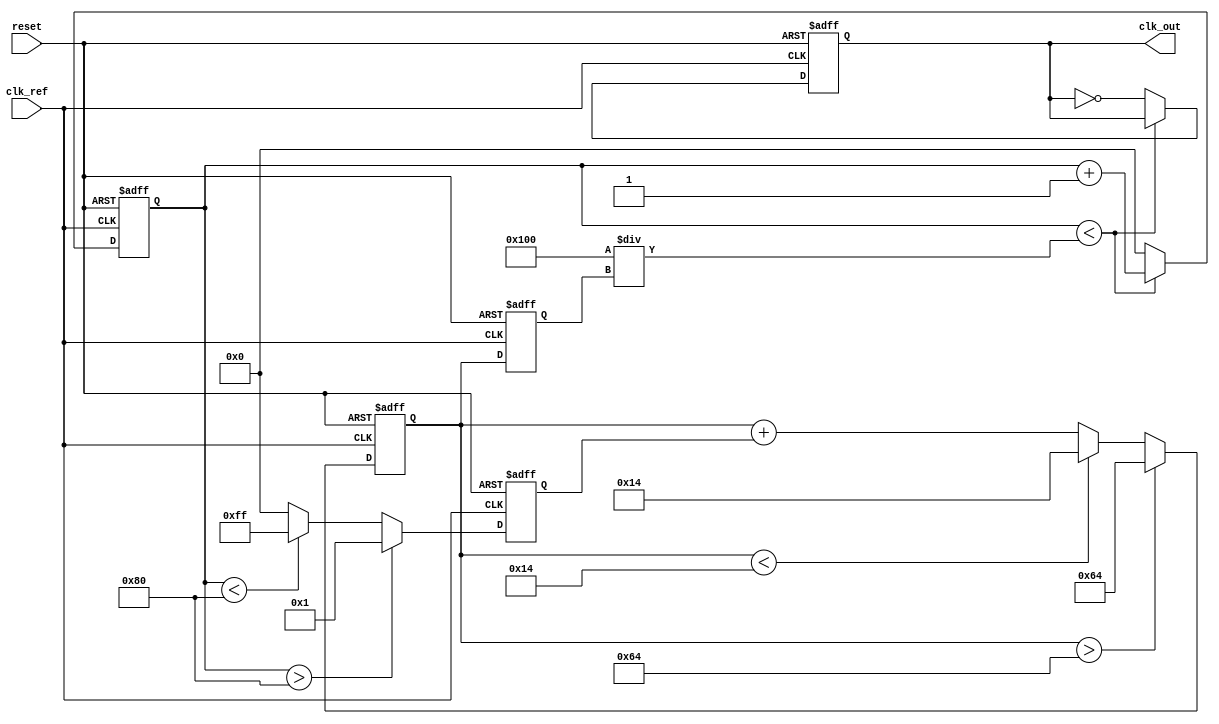
module memory_blocks_linear_PLL (
    input wire clk_ref,      // Reference clock input
    input wire reset,        // Active high reset signal
    output reg clk_out       // Output generated clock
);

// Parameters
parameter [7:0] VCO_MAX_FREQ = 8'd100;  // Example max frequency setting for VCO
parameter [7:0] VCO_MIN_FREQ = 8'd20;    // Example min frequency setting for VCO
parameter PHASE_ERR_WIDTH = 8;            // Width for phase error signal
parameter CONTROL_WIDTH = 8;               // Width for control voltage

// Internal signals
reg [PHASE_ERR_WIDTH-1:0] phase_error;    // Phase error signal
reg [CONTROL_WIDTH-1:0] control_voltage;   // Control voltage from loop filter
reg [7:0] vco_frequency;                    // Frequency of the VCO
reg [15:0] memory_block;                    // Memory to hold previous states
reg [7:0] vco_count;                        // Counter for VCO frequency generation

// Phase Detector
always @(posedge clk_ref or posedge reset) begin
    if (reset) begin
        phase_error <= 0;
    end else begin
        // Simple phase detection logic (could be more complex)
        phase_error <= (vco_count > 128) ? 8'd1 : (vco_count < 128) ? -8'd1 : 0;
    end
end

// Loop Filter (Simple Integrator)
always @(posedge clk_ref or posedge reset) begin
    if (reset) begin
        control_voltage <= 0;
    end else begin
        // A simple loop filter updating control voltage based on phase error
        control_voltage <= control_voltage + phase_error;
        // Clamp control voltage to prevent overflow
        if (control_voltage > VCO_MAX_FREQ)
            control_voltage <= VCO_MAX_FREQ;
        else if (control_voltage < VCO_MIN_FREQ)
            control_voltage <= VCO_MIN_FREQ;
    end
end

// Voltage-Controlled Oscillator (VCO)
always @(posedge clk_ref or posedge reset) begin
    if (reset) begin
        vco_frequency <= VCO_MIN_FREQ;
        clk_out <= 0;
        vco_count <= 0;
    end else begin
        // Update VCO frequency based on control voltage
        vco_frequency <= control_voltage;

        // Generate output clock based on VCO frequency
        if (vco_count < (256 / vco_frequency)) begin
            vco_count <= vco_count + 1;
        end else begin
            clk_out <= ~clk_out; // Toggle output clock
            vco_count <= 0;      // Reset count
        end
    end
end

// Feedback Path with Memory Blocks
always @(posedge clk_ref or posedge reset) begin
    if (reset) begin
        memory_block <= 0; // Reset memory blocks
    end else begin
        // Update memory to hold previous control voltage/state (for demonstration)
        memory_block <= {memory_block[14:0], control_voltage[0]}; // Shift register style memory
    end
end

endmodule